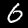
Label: 6